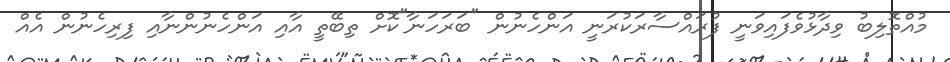
މުއްތޮލިބު ވިދާޅުވެފައިވަނީ ފުރައްސާރަކުރަނީ އަންހެނުން "ބަރަހަނާ"ކޮށް ތިބޭތީ އާއި އަންހެނުންނާއި ފިރިހެނުން އެއް